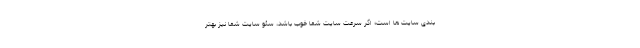
بندی سایت ها است؛ اگر سرعت سایت شما خوب باشد، سئو سایت شما نیز بهتر